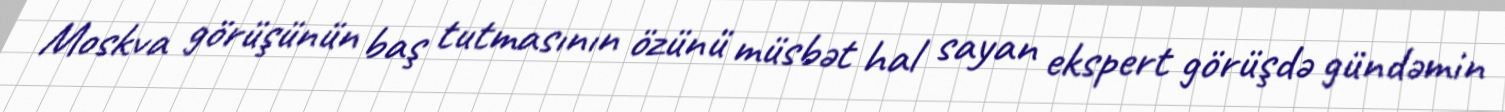
Moskva görüşünün baş tutmasının özünü müsbət hal sayan ekspert görüşdə gündəmin